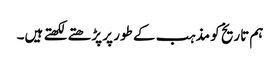
ہم تاریخ کو مذہب کے طور پر پڑھتے لکھتے ہیں۔